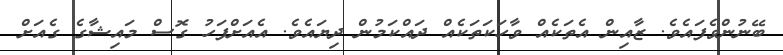
ބޭނުންވެފައެވެ. ޒާއިން އެތަކެއް ވާހަކަތަކެއް ދައްކަމުން ދިޔައެވެ. އެއަށްފަހު ގޮސް މައިޝާގެ ގެއަށް